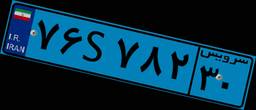
۷۶S۷۸۲۳۰